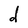
Character: d